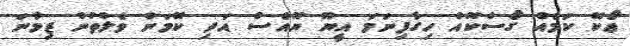
ޢޯކޭ ކަމެއް ގޯސްކޮއް ހިގާފިނަމަ އީޔޫ ޔޫއެސް އަދި ކޮމަން ވެލްތުން ޒިމާނަ